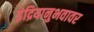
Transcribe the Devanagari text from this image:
इंद्रियानुभवावर